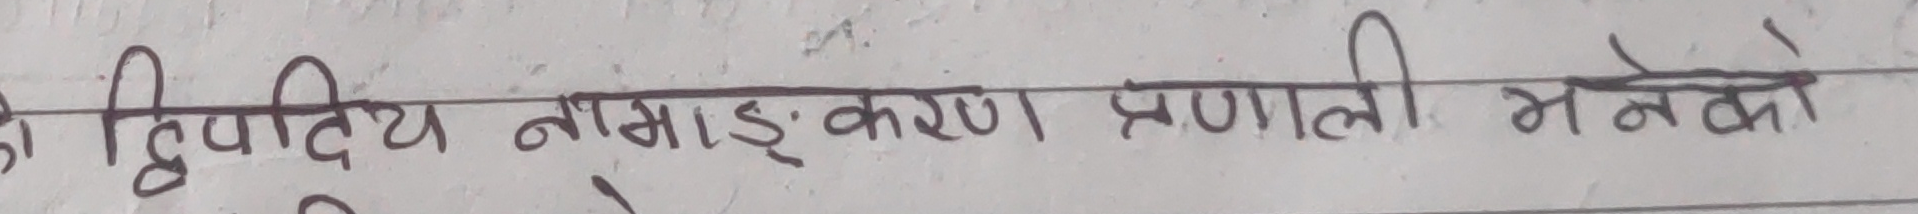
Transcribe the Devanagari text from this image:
द्विपदीय नामांकरण प्रणाली भनेको